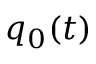
q _ { 0 } ( t )